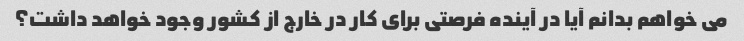
می خواهم بدانم آیا در آینده فرصتی برای کار در خارج از کشور وجود خواهد داشت؟